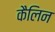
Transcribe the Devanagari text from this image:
कैलिन